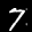
Label: 7